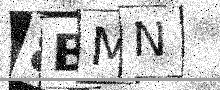
Text: 8BMN